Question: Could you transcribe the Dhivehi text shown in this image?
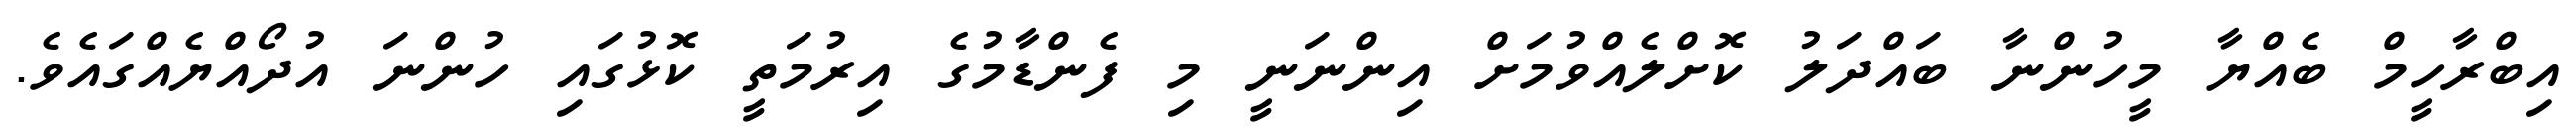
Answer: އިބްރާހީމް ބެއްޔާ މީހުންނާ ބައްދަލު ކޮށްލެއްވުމަށް އިންނަނީ މި ފެންޑާމުގެ އިރުމަތީ ކޮޅުގައި ހުންނަ އުދޯއްޔެއްގައެވެ.